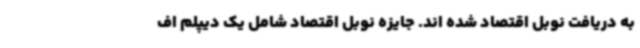
به دریافت نوبل اقتصاد شده اند. جایزه نوبل اقتصاد شامل یک دیپلم اف